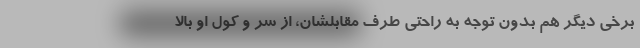
برخی دیگر هم بدون توجه به راحتی طرف مقابلشان، از سر و کول او بالا